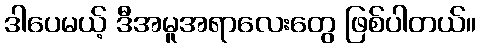
ဒါပေမယ့် ဒီအမူအရာလေးတွေ ဖြစ်ပါတယ်။